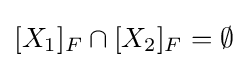
{\textstyle [X_{1}]_{F}\cap [X_{2}]_{F}=\emptyset }